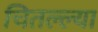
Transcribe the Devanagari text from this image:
चितल्ल्या